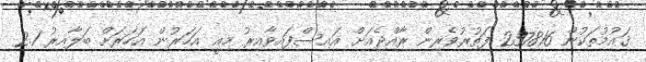
ޤައުމުތަކުން 237816 ފަތުރުވެރިން ރާއްޖެއަށް އައިސްފައިވާއިރު މިއީ އަހަރުން އަހަރަށް ބަލާއިރު 2.1